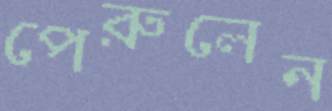
পেরুলেন